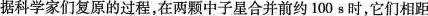
据科学家们复原的过程，在两颗中子星合并前约100s时，它们相距